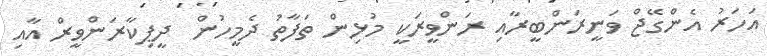
އަހަރު އެންގޭޖް ވަނީރަންބީރާއި ރަންވީރަކީ މުޅިން ތަފާތު ދެމީހުން  ދީޕިކާރަންވީރް އާއި